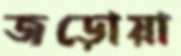
জড়োয়া